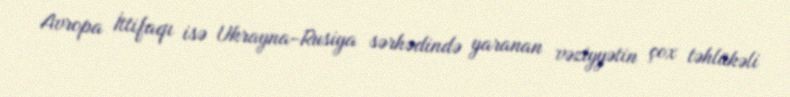
Avropa İttifaqı isə Ukrayna-Rusiya sərhədində yaranan vəziyyətin çox təhlükəli